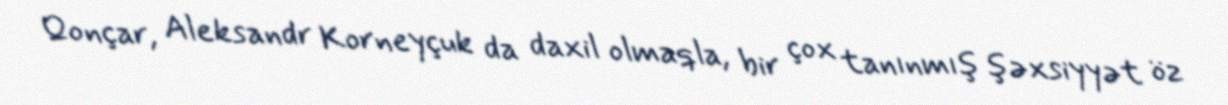
Qonçar, Aleksandr Korneyçuk da daxil olmaqla, bir çox tanınmış şəxsiyyət öz